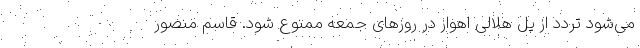
می‌شود تردد از پل هلالی اهواز در روزهای جمعه ممنوع شود. قاسم منصور